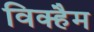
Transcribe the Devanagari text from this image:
विक्हैम